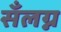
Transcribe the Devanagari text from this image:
सँलग्न